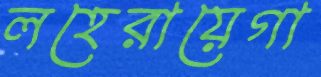
লহেরায়েগা